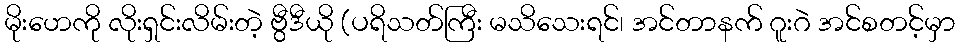
မိုးဟေကို လိုးရှင်းလိမ်းတဲ့ ဗွီဒီယို (ပရိသတ်ကြီး မသိသေးရင်၊ အင်တာနက် ဂူးဂဲ အင်စတင့်မှာ